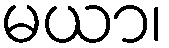
မယာ၊